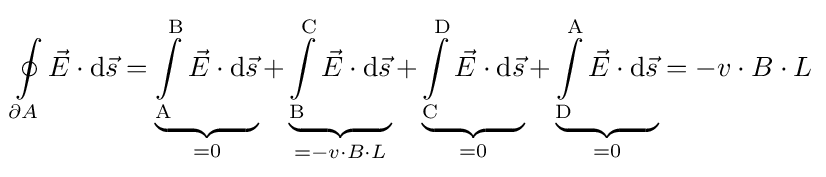
\oint \limits _{\partial A}{\vec {E}}\cdot \mathrm {d} {\vec {s}}=\underbrace {\int \limits _{\mathrm {A} }^{\mathrm {B} }{\vec {E}}\cdot \mathrm {d} {\vec {s}}} _{=0}+\underbrace {\int \limits _{\mathrm {B} }^{\mathrm {C} }{\vec {E}}\cdot \mathrm {d} {\vec {s}}} _{=-v\cdot B\cdot L}+\underbrace {\int \limits _{\mathrm {C} }^{\mathrm {D} }{\vec {E}}\cdot \mathrm {d} {\vec {s}}} _{=0}+\underbrace {\int \limits _{\mathrm {D} }^{\mathrm {A} }{\vec {E}}\cdot \mathrm {d} {\vec {s}}} _{=0}=-v\cdot B\cdot L